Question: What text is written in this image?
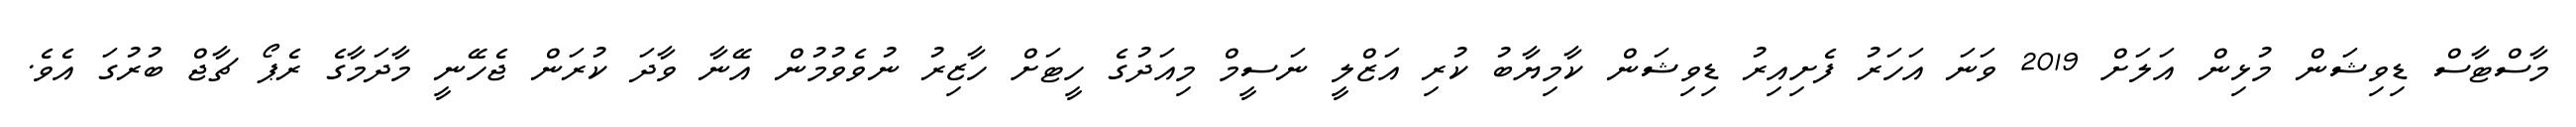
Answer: މާސްޓާސް ޑިވިޝަން މުޅިން އަލަށް 2019 ވަނަ އަހަރު ފެށިއިރު ޑިވިޝަން ކާމިޔާބު ކުރި އަޒްލީ ނަސީމް މިއަދުގެ ހީޓަށް ހާޒިރު ނުވެވުމުން އޭނާ ވާދަ ކުރަން ޖެހޭނީ މާދަމާގެ ރެޕޯ ޗާޖް ބުރުގަ އެވެ.